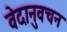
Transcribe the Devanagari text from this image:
वेदानुवचन